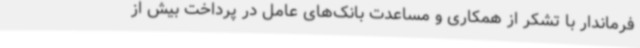
فرماندار با تشکر از همکاری و مساعدت بانک‌های عامل در پرداخت بیش از